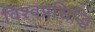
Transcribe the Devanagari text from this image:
विश्वप्रसिद्धि